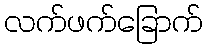
လက်ဖက်ခြောက်